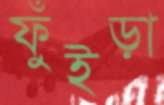
ফুঁইড়া